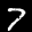
Label: 7